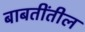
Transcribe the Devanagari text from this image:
बाबतींतील